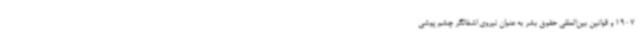
1907 و قوانین بین‌المللی حقوق بشر به عنوان نیروی اشغالگر چشم ‌پوشی